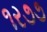
૧ર૭૭